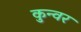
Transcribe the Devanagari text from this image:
कुन्वर